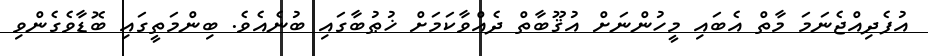
އުފެދިއްޖެނަމަ މާތް އެބައި މީހުންނަށް އުޤޫބާތް ދެއްވާކަމަށް ޚުޠުބާގައި ބުނެއެވެ. ބިންމަތީގައި ބޮޑާވެގެންވި